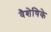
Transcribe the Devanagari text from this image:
वैशेषिके